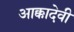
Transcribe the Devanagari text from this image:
आक्कादेवी